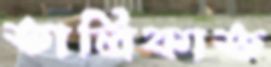
তালিকাত